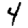
Digit: 4